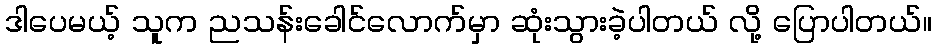
ဒါပေမယ့် သူက ညသန်းခေါင်လောက်မှာ ဆုံးသွားခဲ့ပါတယ် လို့ ပြောပါတယ်။